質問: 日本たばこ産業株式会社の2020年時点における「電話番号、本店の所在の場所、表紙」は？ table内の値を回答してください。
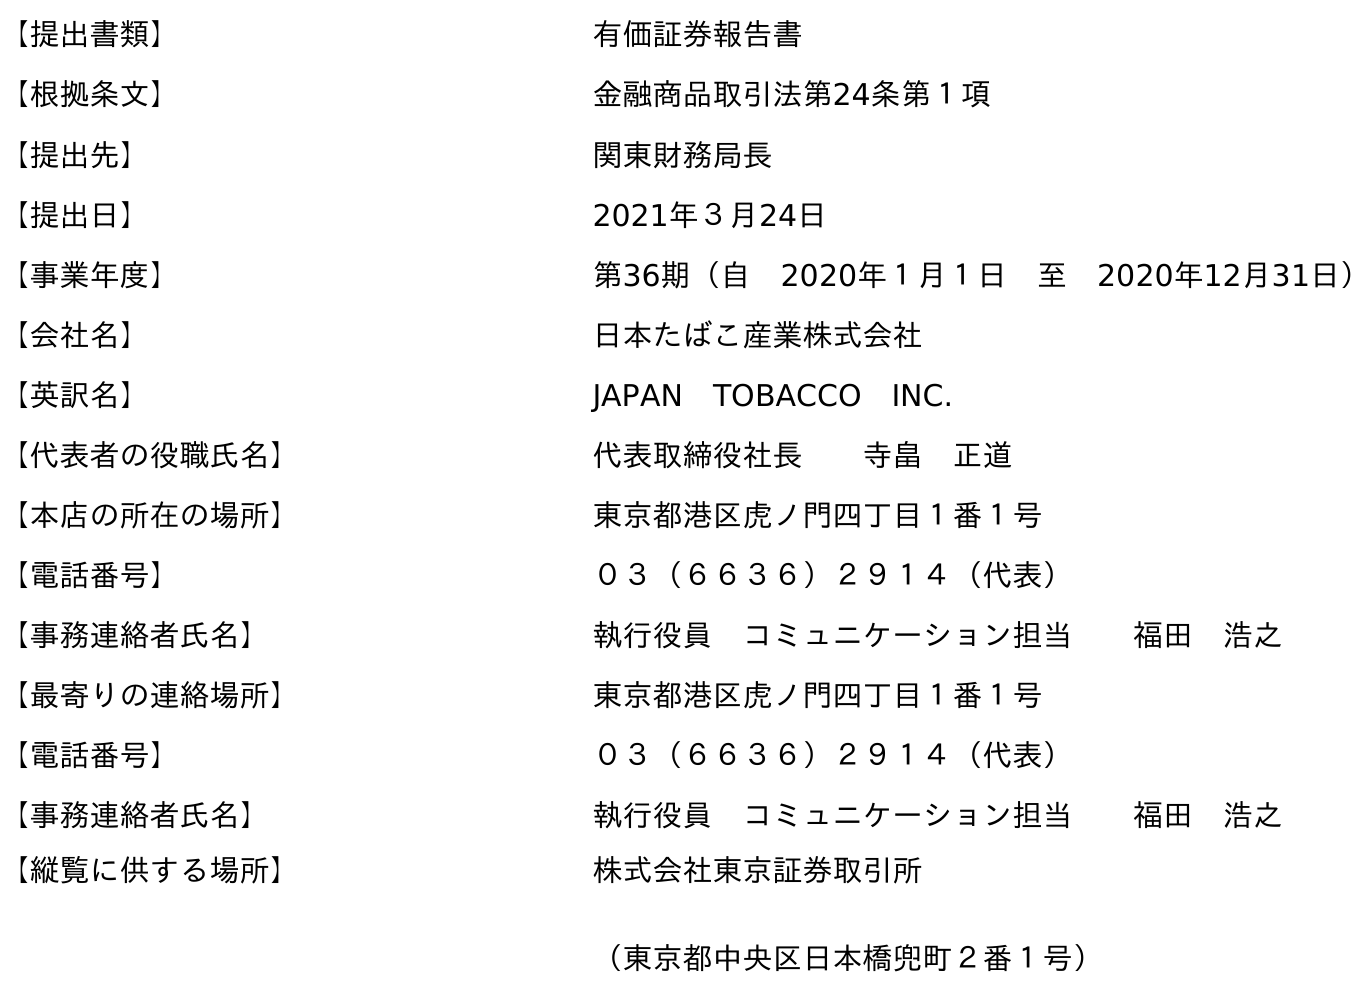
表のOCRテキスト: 【提出書類】 有価証券報告書 【根拠条文】 金融商品取引法第24条第１項 【提出先】 関東財務局長 【提出日】 2021年３月24日 【事業年度】 第36期（自 2020年１月１日 至 2020年12月31日） 【会社名】 日本たばこ産業株式会社 【英訳名】 JAPAN TOBACCO INC. 【代表者の役職氏名】 代表取締役社長  寺畠 正道 【本店の所在の場所】 東京都港区虎ノ門四丁目１番１号 【電話番号】 ０３（６６３６）２９１４（代表） 【事務連絡者氏名】 執行役員 コミュニケーション担当  福田 浩之 【最寄りの連絡場所】 東京都港区虎ノ門四丁目１番１号 【電話番号】 ０３（６６３６）２９１４（代表） 【事務連絡者氏名】 執行役員 コミュニケーション担当  福田 浩之 【縦覧に供する場所】 株式会社東京証券取引所 （東京都中央区日本橋兜町２番１号）
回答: ０３（６６３６）２９１４（代表）